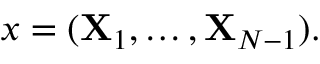
x = ( { \mathbf { X } } _ { 1 } , \ldots , { \mathbf { X } } _ { N - 1 } ) .